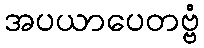
အပယာပေတဗ္ဗံ